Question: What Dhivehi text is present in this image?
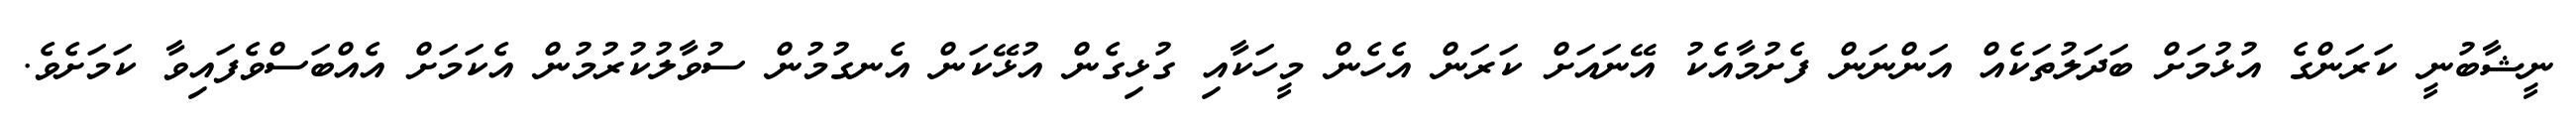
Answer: ނީޝާބުނީ ކަރަންގެ އުޅުމަށް ބަދަލުތަކެއް އަންނަން ފެށުމާއެކު އޭނައަށް ކަރަން އެހެން މީހަކާއި ގުޅިގެން އުޅޭކަން އެނގުމުން ސުވާލުކުރުމުން އެކަމަށް އެއްބަސްވެފައިވާ ކަމަށެވެ.